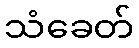
သံခေတ်